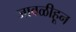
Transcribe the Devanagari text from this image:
जावळीहून